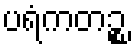
ပရံကတဉ္စ